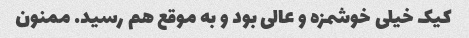
کیک خیلی خوشمزه و عالی بود و به موقع هم رسید. ممنون